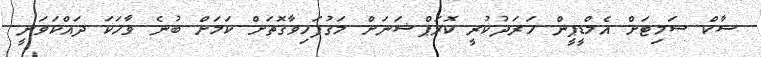
ސާކް ސަމިޓަށް އެމްޑީޕީން ހަރަދުކުރީ ކޮރަޕްޝަނަށް މަގުފަހިވާގޮތަށް ކަމަށް ބުނެ ވާހަކަ ދައްކަވަނީ